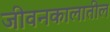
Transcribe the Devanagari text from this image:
जीवनकालातील